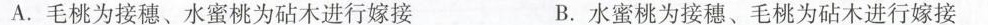
A.毛桃为接穗、水蜜桃为砧木进行嫁接 B.水蜜桃为接穗、毛桃为砧木进行嫁接